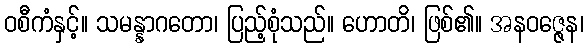
ဝစီကံနှင့်။ သမန္နာဂတော၊ ပြည့်စုံသည်။ ဟောတိ၊ ဖြစ်၏။ အနဝဇ္ဇေန၊